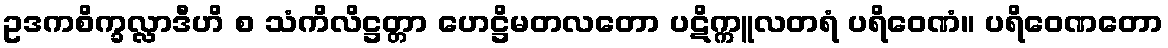
ဥဒကစိက္ခလ္လာဒီဟိ စ သံကိလိဋ္ဌတ္တာ ဟေဋ္ဌိမတလတော ပဋိက္ကူလတရံ ပရိဝေဏံ။ ပရိဝေဏတော